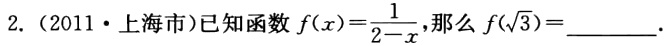
2.（2011·上海市）已知函数\(f(x)=\frac{1}{2 - x}\)，那么\(f(\sqrt{3})=\underline{\quad\quad}\)。